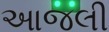
આજલી